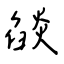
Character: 燄